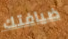
ضيافتك